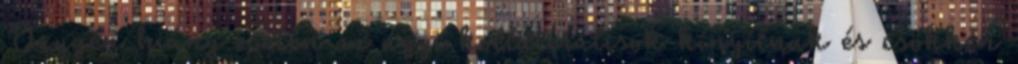
Oxygén hiány esetén az agyi kollaterálisok kinyílnak és csökken